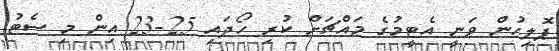
ޕޮލިހުން ވަނީ އެޓީމުގެ މައްޗަށް ކުރި ހޯދައި 25-23 އިން މި ސެޓު